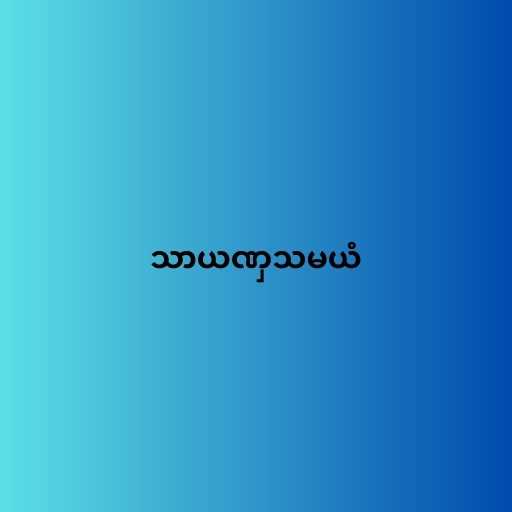
သာယဏှသမယံ